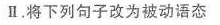
II.将下列句子改为被动语态